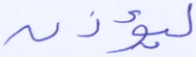
ليؤذن